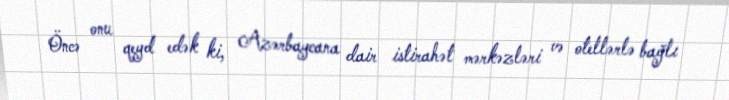
Öncə onu qeyd edək ki, Azərbaycana dair istirahət mərkəzləri və otellərlə bağlı